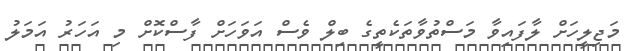
މަޖިލީހަށް ލާފައިވާ މަސްތުވާތަކެތީގެ ބިލް ވެސް އަވަހަށް ފާސްކޮށް މި އަހަރު އަމަލު